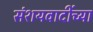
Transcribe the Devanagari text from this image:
संशयवादींच्या